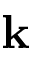
{ \bf k }